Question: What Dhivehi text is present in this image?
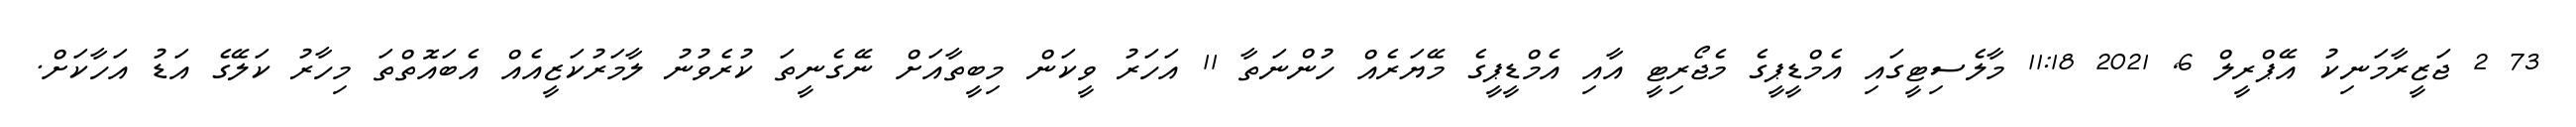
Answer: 73 2 ޖަޒީރާމަނިކު އޭޕްރީލް 6, 2021 11:18 މާލެސިޓީގައި އެމްޑީޕީގެ މެޖޯރިޓީ އާއި އެމްޑީޕީގެ މޭޔަރެއް ހުންނަތާ 11 އަހަރު ވީކަން މިބީތާއަށް ނޭގެނީތަ ކުރެވުނު ލާމަރުކަޒީއެއް އެބައޮތްތަ މިހާރު ކަލޭގެ އަޑު އަހާކަށް.